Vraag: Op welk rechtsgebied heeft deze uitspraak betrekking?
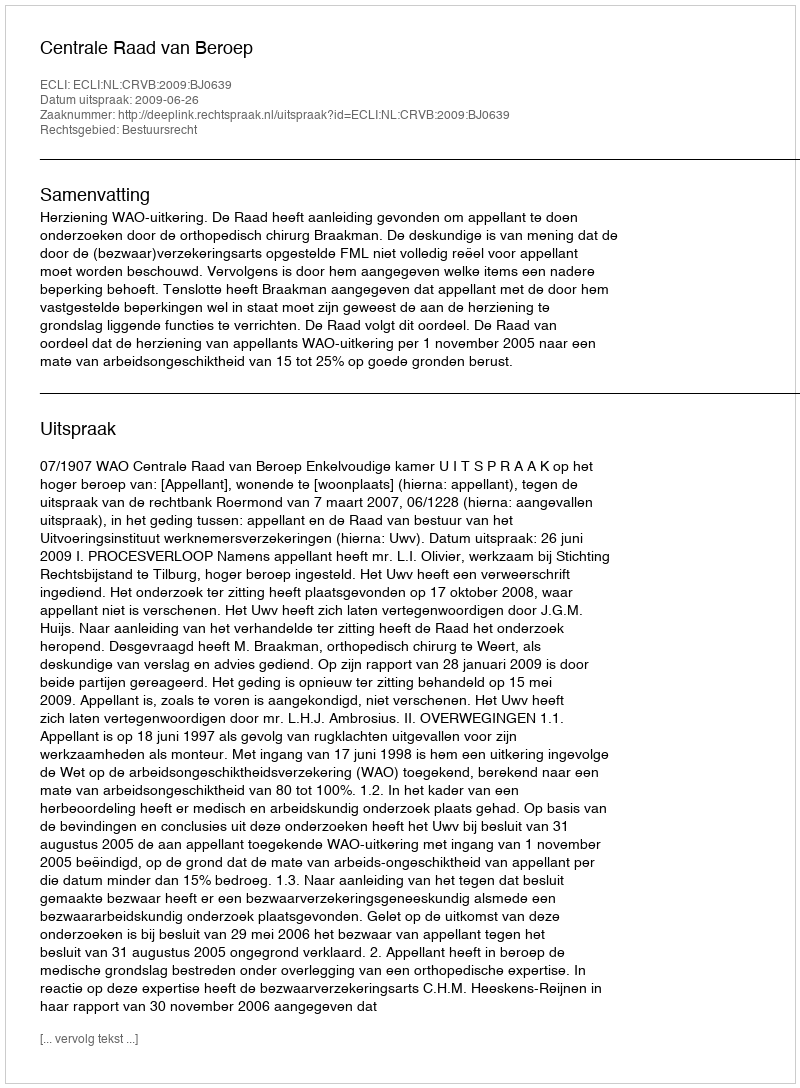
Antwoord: Bestuursrecht